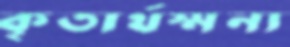
কৃতার্থস্মন্য